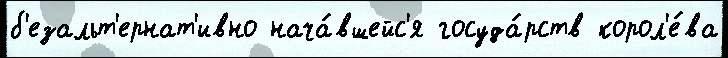
б'езальт'ернат'ивно нача́вшейс'я госуда́рств корол'е́ва